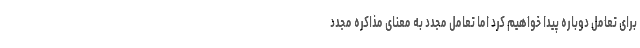
برای تعامل دوباره پیدا خواهیم کرد اما تعامل مجدد به معنای مذاکره مجدد